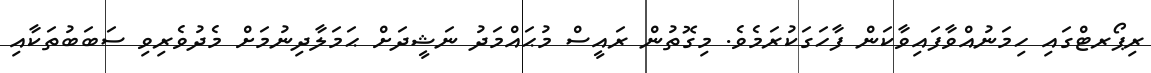
ރިޕޯރޓްގައި ހިމަނުއްވާފައިވާކަން ފާހަގަކުރަމެވެ. މިގޮތުން ރައީސް މުޙައްމަދު ނަޝީދަށް ޙަމަލާދިނުމަށް މެދުވެރިވި ސަބަބުތަކާއި